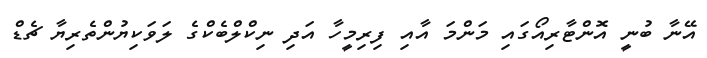
އޭނާ ބުނީ އޮންޓާރިއޯގައި މަންމަ އާއި ފިރިމީހާ އަދި ނިކްލްބެކްގެ ލަވަކިޔުންތެރިޔާ ޗެޑް